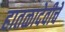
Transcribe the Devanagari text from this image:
हातळादेवीचे